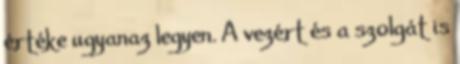
értéke ugyanaz legyen. A vezért és a szolgát is